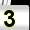
Digit: 3